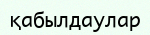
қабылдаулар